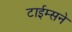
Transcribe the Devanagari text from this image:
टाईम्सने